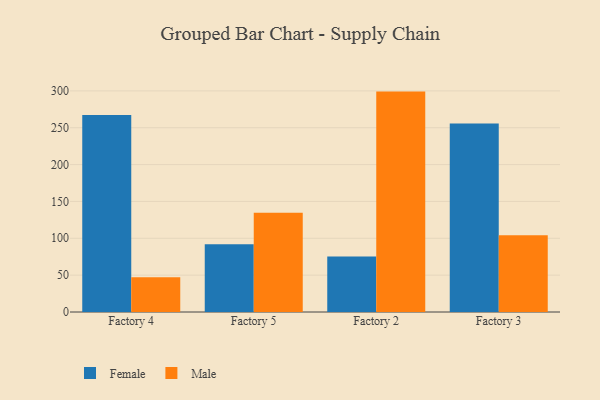
{"axis": {"x": "Factory", "y": "Budget (USD K)"}, "legend": ["Female", "Male"], "data": [{"x": "Factory 4", "y": 267.3, "type": "Female"}, {"x": "Factory 4", "y": 47.2, "type": "Male"}, {"x": "Factory 5", "y": 91.9, "type": "Female"}, {"x": "Factory 5", "y": 134.7, "type": "Male"}, {"x": "Factory 2", "y": 75.2, "type": "Female"}, {"x": "Factory 2", "y": 299.0, "type": "Male"}, {"x": "Factory 3", "y": 255.8, "type": "Female"}, {"x": "Factory 3", "y": 104.0, "type": "Male"}]}